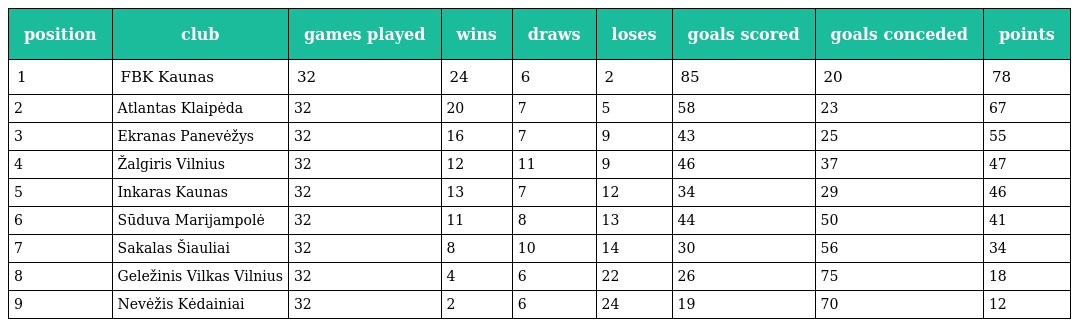
| position | club | games played | wins | draws | loses | goals scored | goals conceded | points |
 | --- | --- | --- | --- | --- | --- | --- | --- | --- |
 | 1 | FBK Kaunas | 32 | 24 | 6 | 2 | 85 | 20 | 78 |
 | 2 | Atlantas Klaipėda | 32 | 20 | 7 | 5 | 58 | 23 | 67 |
 | 3 | Ekranas Panevėžys | 32 | 16 | 7 | 9 | 43 | 25 | 55 |
 | 4 | Žalgiris Vilnius | 32 | 12 | 11 | 9 | 46 | 37 | 47 |
 | 5 | Inkaras Kaunas | 32 | 13 | 7 | 12 | 34 | 29 | 46 |
 | 6 | Sūduva Marijampolė | 32 | 11 | 8 | 13 | 44 | 50 | 41 |
 | 7 | Sakalas Šiauliai | 32 | 8 | 10 | 14 | 30 | 56 | 34 |
 | 8 | Geležinis Vilkas Vilnius | 32 | 4 | 6 | 22 | 26 | 75 | 18 |
 | 9 | Nevėžis Kėdainiai | 32 | 2 | 6 | 24 | 19 | 70 | 12 |